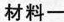
材料一